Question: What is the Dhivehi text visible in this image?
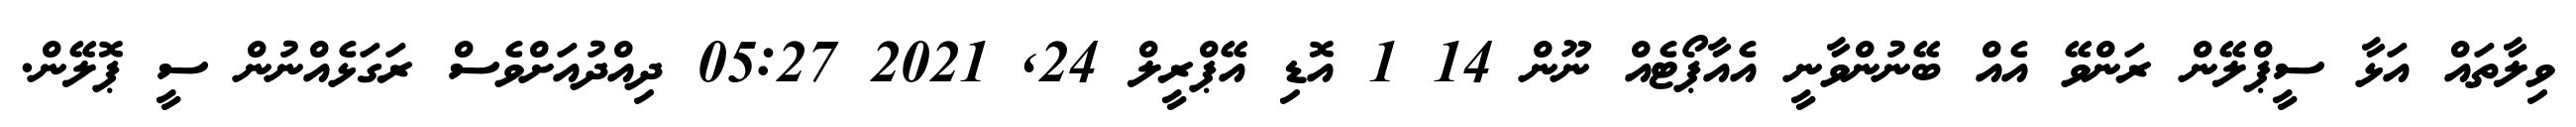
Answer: ވިލާތައް އަޅާ ސީޕްލޭން ރަންވޭ އެއް ބޭނުންވާނީ އެއާޕޯޓެއް ނޫން 14 1 އޮޑި އޭޕްރީލް 24, 2021 05:27 ދިއްދުއަށްވެސް ރަގަޅެއްނުން ސީ ޕޮލޭން.